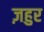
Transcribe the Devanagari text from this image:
ज़हुर